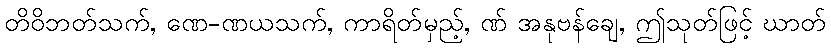
တိဝိဘတ်သက်, ဏေ-ဏယသက်, ကာရိတ်မှည့်, ဏ် အနုဗန်ချေ, ဤသုတ်ဖြင့် ဃာတ်